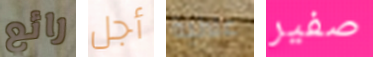
رائع أجل علانية صفير